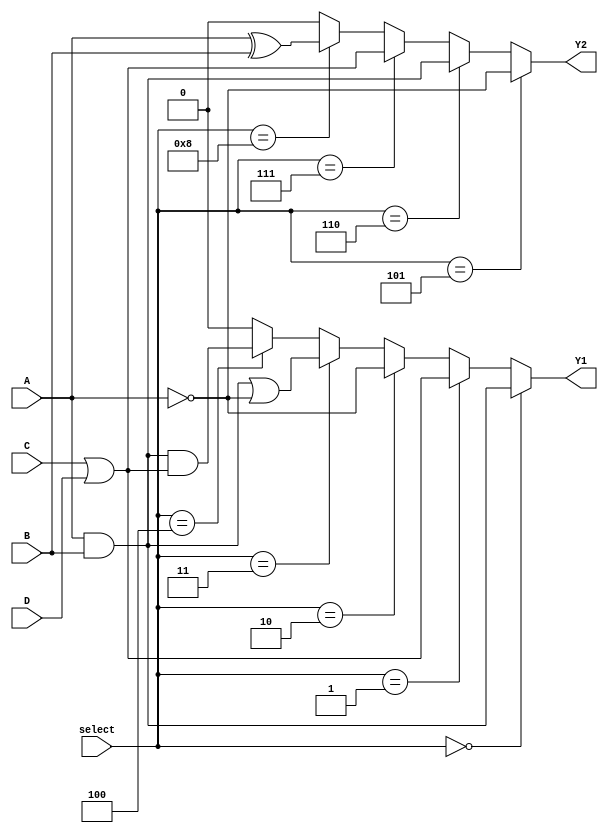
module CombinationalLogicBlock (
    input wire A,     // Input A
    input wire B,     // Input B
    input wire C,     // Input C
    input wire D,     // Input D
    input wire [3:0] select, // Select lines for logic function
    output wire Y1,   // Output Y1
    output wire Y2    // Output Y2
);

// Internal signals for combinational logic
wire and_out;
wire or_out;
wire not_A;

// Example combinational logic functions
assign and_out = A & B;    // AND operation
assign or_out = C | D;     // OR operation
assign not_A = ~A;         // NOT operation

// Logic Function Implementation based on select lines
assign Y1 = (select == 4'b0000) ? and_out :
            (select == 4'b0001) ? or_out :
            (select == 4'b0010) ? not_A :
            (select == 4'b0011) ? and_out | not_A : // AND followed by OR with NOT A
            (select == 4'b0100) ? and_out & or_out : // AND followed by AND with OR
            1'b0; // Default case

assign Y2 = (select == 4'b0101) ? not_A :
            (select == 4'b0110) ? and_out : 
            (select == 4'b0111) ? or_out : 
            (select == 4'b1000) ? (A ^ B) : // XOR operation
            1'b0; // Default case

endmodule